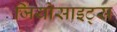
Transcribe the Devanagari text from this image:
जियोसाइट्स